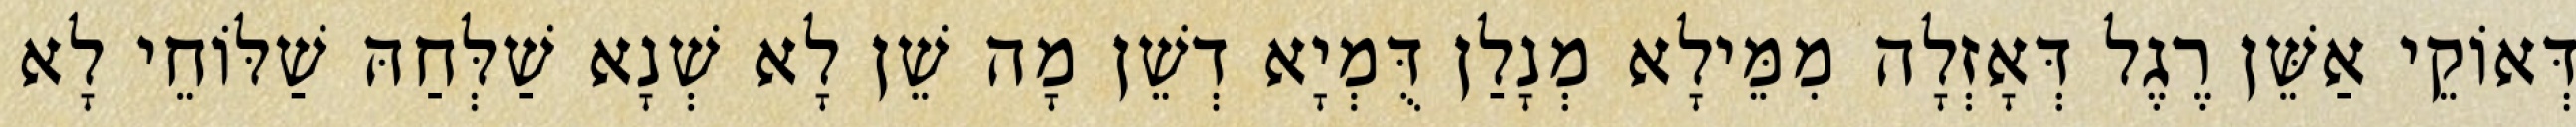
דְּאוֹקֵי אַשֵּׁן רֶגֶל דְּאָזְלָה מִמֵּילָא מְנָלַן דֻּמְיָא דְשֵׁן מָה שֵׁן לָא שְׁנָא שַׁלְּחַהּ שַׁלּוֹחֵי לָא